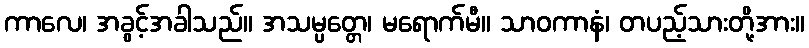
ကာလေ၊ အခွင့်အခါသည်။ အသမ္ပတ္တေ၊ မရောက်မီ။ သာဝကာနံ၊ တပည့်သားတို့အား။